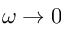
\omega \to 0